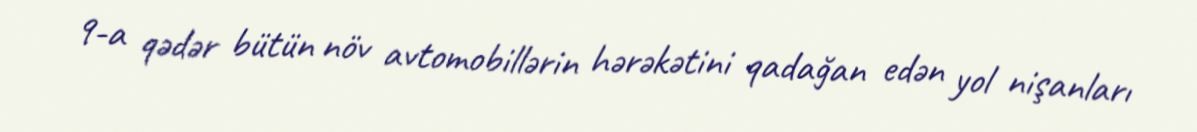
9-a qədər bütün növ avtomobillərin hərəkətini qadağan edən yol nişanları